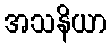
အသနိယာ